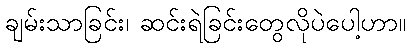
ချမ်းသာခြင်း၊ ဆင်းရဲခြင်းတွေလိုပဲပေါ့ဟာ။